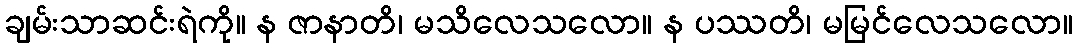
ချမ်းသာဆင်းရဲကို။ န ဇာနာတိ၊ မသိလေသလော။ န ပဿတိ၊ မမြင်လေသလော။